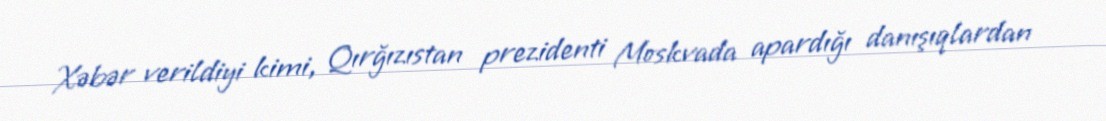
Xəbər verildiyi kimi, Qırğızıstan prezidenti Moskvada apardığı danışıqlardan